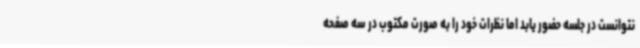
نتوانست در جلسه حضور یابد اما نظرات خود را به صورت مکتوب در سه صفحه